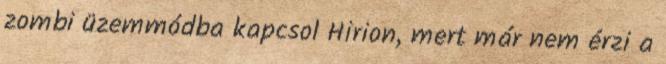
zombi üzemmódba kapcsol Hirion, mert már nem érzi a